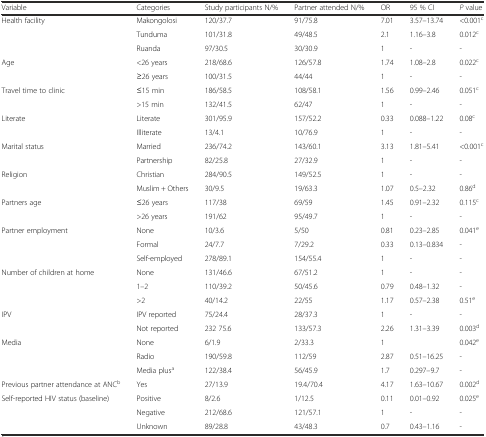
<table><thead><tr><td><b>Variable</b></td><td><b>Categories</b></td><td><b>Study participants N/%</b></td><td><b>Partner attended N/%</b></td><td><b>OR</b></td><td><b>95 % CI</b></td><td><b><i>P</i> value</b></td></tr></thead><tbody><tr><td>Health facility</td><td>Makongolosi</td><td>120/37.7</td><td>91/75.8</td><td>7.01</td><td>3.57–13.74</td><td>&lt;0.001<sup>c</sup></td></tr><tr><td></td><td>Tunduma</td><td>101/31.8</td><td>49/48.5</td><td>2.1</td><td>1.16–3.8</td><td>0.012<sup>c</sup></td></tr><tr><td></td><td>Ruanda</td><td>97/30.5</td><td>30/30.9</td><td>1</td><td>-</td><td>-</td></tr><tr><td>Age</td><td>&lt;26 years</td><td>218/68.6</td><td>126/57.8</td><td>1.74</td><td>1.08–2.8</td><td>0.022<sup>c</sup></td></tr><tr><td></td><td>≥26 years</td><td>100/31.5</td><td>44/44</td><td>1</td><td>-</td><td>-</td></tr><tr><td>Travel time to clinic</td><td>≤15 min</td><td>186/58.5</td><td>108/58.1</td><td>1.56</td><td>0.99–2.46</td><td>0.051<sup>c</sup></td></tr><tr><td></td><td>&gt;15 min</td><td>132/41.5</td><td>62/47</td><td>1</td><td>-</td><td>-</td></tr><tr><td>Literate</td><td>Literate</td><td>301/95.9</td><td>157/52.2</td><td>0.33</td><td>0.088–1.22</td><td>0.08<sup>c</sup></td></tr><tr><td></td><td>Illiterate</td><td>13/4.1</td><td>10/76.9</td><td>1</td><td>-</td><td>-</td></tr><tr><td>Marital status</td><td>Married</td><td>236/74.2</td><td>143/60.1</td><td>3.13</td><td>1.81–5.41</td><td>&lt;0.001<sup>c</sup></td></tr><tr><td></td><td>Partnership</td><td>82/25.8</td><td>27/32.9</td><td>1</td><td>-</td><td>-</td></tr><tr><td>Religion</td><td>Christian</td><td>284/90.5</td><td>149/52.5</td><td>1</td><td>-</td><td>-</td></tr><tr><td></td><td>Muslim + Others</td><td>30/9.5</td><td>19/63.3</td><td>1.07</td><td>0.5–2.32</td><td>0.86<sup>d</sup></td></tr><tr><td>Partners age</td><td>≤26 years</td><td>117/38</td><td>69/59</td><td>1.45</td><td>0.91–2.32</td><td>0.115<sup>c</sup></td></tr><tr><td></td><td>&gt;26 years</td><td>191/62</td><td>95/49.7</td><td>1</td><td>-</td><td>-</td></tr><tr><td>Partner employment</td><td>None</td><td>10/3.6</td><td>5/50</td><td>0.81</td><td>0.23–2.85</td><td>0.041<sup>e</sup></td></tr><tr><td></td><td>Formal</td><td>24/7.7</td><td>7/29.2</td><td>0.33</td><td>0.13–0.834</td><td>-</td></tr><tr><td></td><td>Self-employed</td><td>278/89.1</td><td>154/55.4</td><td>1</td><td>-</td><td>-</td></tr><tr><td>Number of children at home</td><td>None</td><td>131/46.6</td><td>67/51.2</td><td>1</td><td>-</td><td>-</td></tr><tr><td></td><td>1–2</td><td>110/39.2</td><td>50/45.6</td><td>0.79</td><td>0.48–1.32</td><td>-</td></tr><tr><td></td><td>&gt;2</td><td>40/14.2</td><td>22/55</td><td>1.17</td><td>0.57–2.38</td><td>0.51<sup>e</sup></td></tr><tr><td>IPV</td><td>IPV reported</td><td>75/24.4</td><td>28/37.3</td><td>1</td><td>-</td><td>-</td></tr><tr><td></td><td>Not reported</td><td>232 75.6</td><td>133/57.3</td><td>2.26</td><td>1.31–3.39</td><td>0.003<sup>d</sup></td></tr><tr><td>Media</td><td>None</td><td>6/1.9</td><td>2/33.3</td><td>1</td><td></td><td>0.042<sup>e</sup></td></tr><tr><td></td><td>Radio</td><td>190/59.8</td><td>112/59</td><td>2.87</td><td>0.51–16.25</td><td>-</td></tr><tr><td></td><td>Media plus<sup>a</sup></td><td>122/38.4</td><td>56/45.9</td><td>1.7</td><td>0.297–9.7</td><td>-</td></tr><tr><td>Previous partner attendance at ANC<sup>b</sup></td><td>Yes</td><td>27/13.9</td><td>19.4/70.4</td><td>4.17</td><td>1.63–10.67</td><td>0.002<sup>d</sup></td></tr><tr><td>Self-reported HIV status (baseline)</td><td>Positive</td><td>8/2.6</td><td>1/12.5</td><td>0.11</td><td>0.01–0.92</td><td>0.025<sup>e</sup></td></tr><tr><td></td><td>Negative</td><td>212/68.6</td><td>121/57.1</td><td>1</td><td>-</td><td>-</td></tr><tr><td></td><td>Unknown</td><td>89/28.8</td><td>43/48.3</td><td>0.7</td><td>0.43–1.16</td><td>-</td></tr></tbody></table>